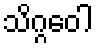
သိဂ္ဂဝေါ